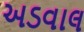
અડવાલ